Scottish Leaving Certificate Examination, 1961
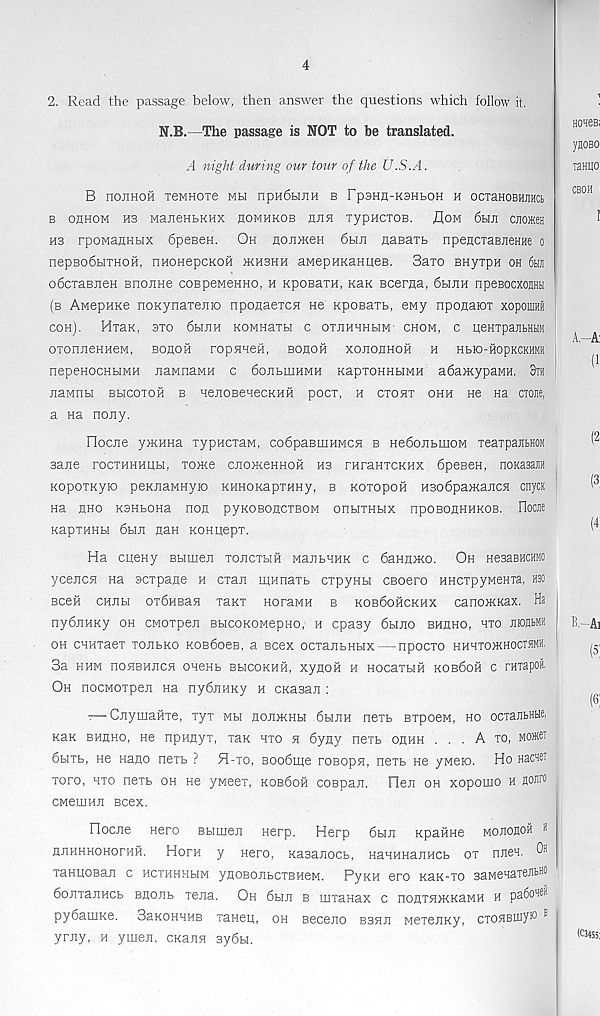
4
2. Read the passage below, then answer the questions which follow it,
N.B.—The passage is NOT to be translated.
A night during our tour of the U.S.A.
B rrOJlHOH TGMHOTe MH npudblJIH B Fp3HH-K3HbOH H OCTaHOBHJIHCb
B OHHOM H3 ManeHBKHX HOMHKOB HJISJ TypHCTOB. flOM 6bIH cnom
ms rpoMannbix 6peBeH. Oh nojimen 6bm naBarb npencxaBJieHHe o
nepsodbiTHOH, nHOHepcKOH jkhshh awepHnaHiteB. Saxo BHyxpH oh 6hji
o6cxaBneH Bnojine coBpeMeHHO, h KpoBaxn, Ran Bcerna, 6hjih npeBocxosHti
(b AnepHRe noKynaxejno nponaexcn He RpoBaxb, eMy nponaiox xopomnii
coh). Hxax, 3xo 6binH KOMHaxbi c oxjihhhhm- chom, c qeHxpajibHtiM
oxonxteHHeM, bohoh ropHneH, bohoh xojiohhoh h hbio-hopkckhmh
nepenocHbiMH naMnaMH c dojibuiHMH KapxoHHbiMH adarnypawH. 3th
nawnbi bmcohoh b HejioBenecKHH poor, h cxohx ohh He na ctojic,
a na nojiy.
Flociie y>KHHa xypncxaM, codpaBuiHMCH b HedojibmoM xeaxpajibHOM
sane rocxHHHijbi, xome cnomeHHOH hs rnraHXCKHX dpeBen, noKasajin
KopoxKyro peKiiaMHyio KHHOKapxnHy, b Koxopofi H3o6pa>KajiC5i cnycK
na hho KSHbona non pyKOBoncxBOM onbixHbix hpobohhhkob. riooie
KapxHHH 6biji nan KOHuepx.
Ha cueny Bbimen tojicxbih ManbHHK c banttmo. Oh HesaBHCMO
ycejicn na scxpane h cxan inHnaxb cxpynbi CBoero HHCxpyMenxa, hso
Been chum oxbHBaa xaxx noraMH b kob6ohckhx canoJKKax. Ha
nyduHKy oh CMoxpen BbicoKOMepno, h cpaay 6biJio bhjiho, hxo montMH
oh cHHxaex xonbKo KOBboes, a scex ocxanbHbix — npocxo hhhxo>khoctsmh.
3a hhm noHBHncH onenb bbicokhm, xynoii h Hocaxbifi kob6oh c raxapofi,
Oh nocMoxpen Ha nydjiHKy u CKasan :
-—Cjiymafixe, xyx mh non>KHbi 6hjih nexb BxpoeM, ho ocxanbHbie,
Kan bhuho, He npnnyx, xax hxo h 6yny nexb ohhh . . . A xo, mox®
6bixb, He nano nexb ? H-xo, Boobme roBopH, nexb He yMeio. Ho Hacaet
xoro, hxo nexb oh He yMeex, kob6oh coEpan. Flen oh xopomo h HOJir 0
CMeinHJi Bcex.
Oociie Hero BBimeji Herp. Herp 6bixi KpaftHe mojiohoh 11
nnHHHOHorHH. Hoph y Hero, Kasajiocb, HaHHHajiHCb ox nneH. Oh
xaHitOBan c hcxhhhbim ynosojibcxBHeM. PyKH ero KaK-xo BaMeHaxeJitHO
6ojixajiHCb Bnonb xena. Oh dbui b mxanax c nonxHXKRaMH h paSoneH
pydauiKe. SaKOHHHB xaneit, oh Beceno bbhji Mexenny, cxoHBWy 10 B
yrny, h ymen, CKajia aydbi.